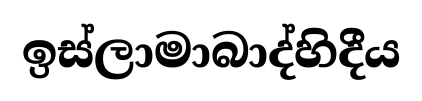
ඉස්ලාමාබාද්හිදීය